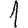
Digit: 1